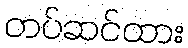
တပ်ဆင်ထား